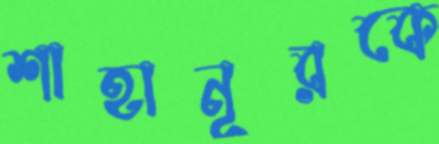
শাহানূরকে